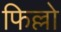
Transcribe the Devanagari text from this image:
फिल्लो